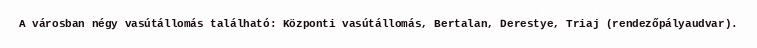
A városban négy vasútállomás található: Központi vasútállomás, Bertalan, Derestye, Triaj (rendezőpályaudvar).